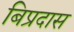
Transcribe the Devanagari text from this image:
बिप्रदास